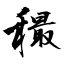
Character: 穝